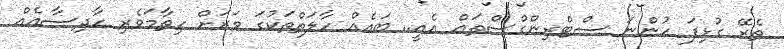
ތެރޭ ގުޅިފަ ހުންނަ ސްޓްރިންގްސްތައް އެއީ.. ބައެއް ހާލަތްތަކުގަ ވަރަށް ހިތާމަވެރި ހާދިސާއެއް